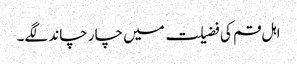
اہل قم کی فضیلت میں چار چاند لگے۔